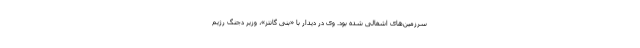
سرزمین‌های اشغالی شده بود. وی در دیدار با «بنی گانتز»، وزیر دجنگ رژیم